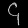
Digit: ၄